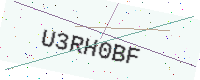
Text: U3RH0BF